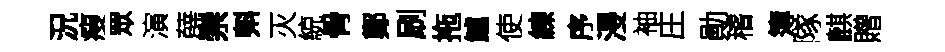
況瘦眾演薛崇㪺灭綂骨鄭刷拖鱸使練序浸袖庄勛稽簿隊麒贈